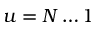
u = N \ldots 1